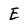
Character: E